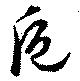
巵